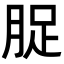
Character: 𮌘